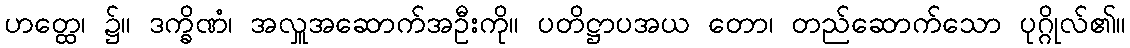
ဟတ္ထေ၊ ၌။ ဒက္ခိဏံ၊ အလှူအဆောက်အဦးကို။ ပတိဋ္ဌာပအယ တော၊ တည်ဆောက်သော ပုဂ္ဂိုလ်၏။